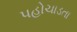
પહોચાડતા